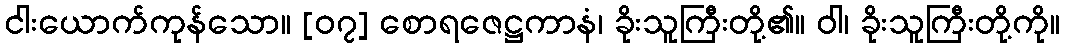
ငါးယောက်ကုန်သော။ [၀၇] စောရဇေဋ္ဌကာနံ၊ ခိုးသူကြီးတို့၏။ ဝါ၊ ခိုးသူကြီးတို့ကို။